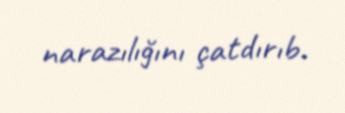
narazılığını çatdırıb.